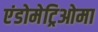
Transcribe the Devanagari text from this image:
एंडोमेट्रिओमा